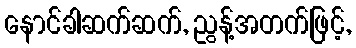
နောင်ခါဆက်ဆက်, ညွန့်အတက်ဖြင့်,